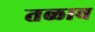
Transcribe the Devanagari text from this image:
तळाव